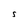
Character: S